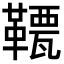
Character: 𩌯